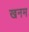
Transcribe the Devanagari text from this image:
खनम